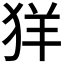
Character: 𦍕